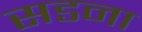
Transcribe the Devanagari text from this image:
सडना